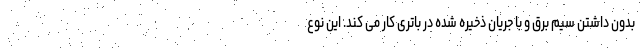
بدون داشتن سیم برق و با جریان ذخیره شده در باتری کار می کند. این نوع